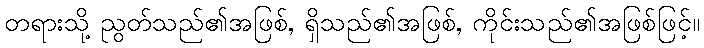
တရားသို့ ညွတ်သည်၏အဖြစ်, ရှိသည်၏အဖြစ်, ကိုင်းသည်၏အဖြစ်ဖြင့်။